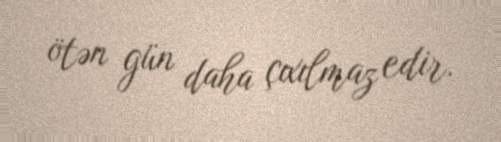
ötən gün daha çıxılmaz edir.